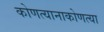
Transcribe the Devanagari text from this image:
कोणत्यानाकोणत्या